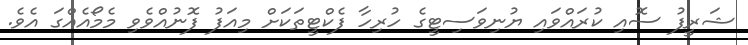
ޝަރީފު ސޮއި ކުރައްވައި ޔުނިވަސިޓީގެ ހުރިހާ ފެކްޓީތަކަށް މިއަފު ފޮނުއްވެވި މެމޯއެއްގަ އެވެ.